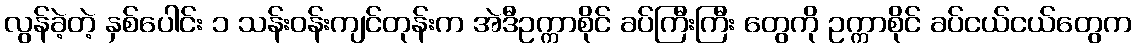
လွန်ခဲ့တဲ့ နှစ်ပေါင်း ၁ သန်းဝန်းကျင်တုန်းက အဲဒီဥက္ကာစိုင် ခပ်ကြီးကြီး တွေကို ဥက္ကာစိုင် ခပ်ငယ်ငယ်တွေက